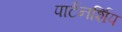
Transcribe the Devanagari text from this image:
पार्टनर्शिप